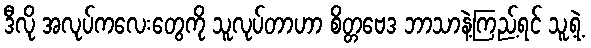
ဒီလို အလုပ်ကလေးတွေကို သူလုပ်တာဟာ စိတ္တဗေဒ ဘာသာနဲ့ကြည့်ရင် သူ့ရဲ့